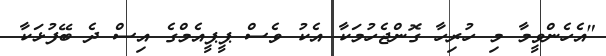
"އެހެންވީމާ މި ހުރިހާ ގޮންޖެހުމަކާ އެކު ވެސް ޕީޕީއެމްގެ އިސް ދެ ބޭފުޅަކާ